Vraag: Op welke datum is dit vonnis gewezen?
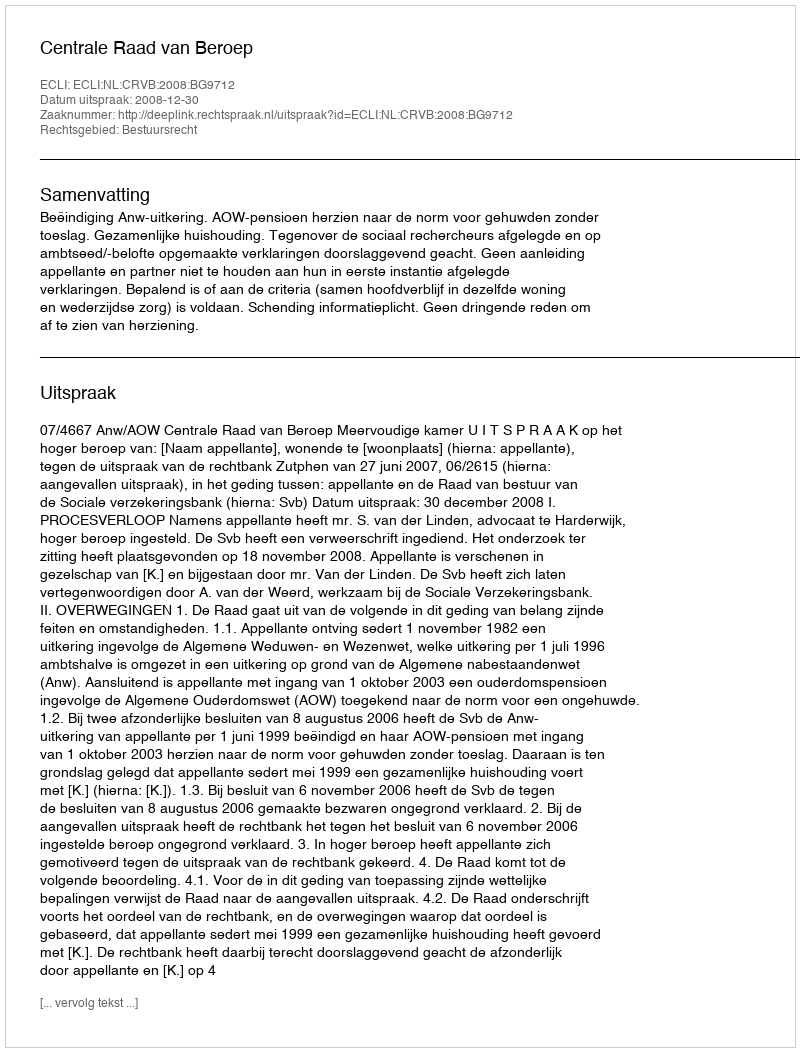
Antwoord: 2008-12-30